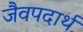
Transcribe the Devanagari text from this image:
जैवपदार्थ